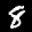
Label: 8